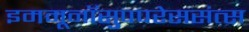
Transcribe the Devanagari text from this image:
इममूनॉसुपपरेससंत्स